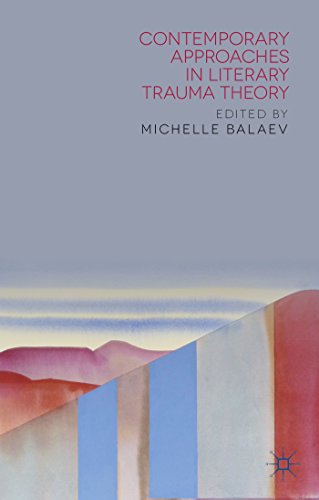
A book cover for Contemporary Approaches in Literary Trauma Theory; Gay & Lesbian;